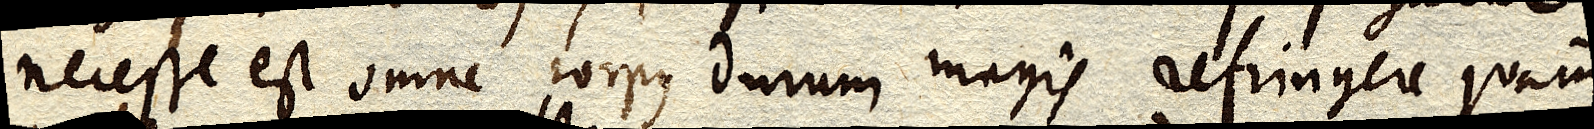
necesse est omne corpus durum magis refringere quam